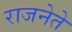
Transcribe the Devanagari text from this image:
राजनेते